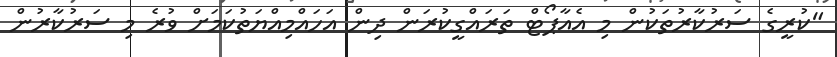
"ކުރީގެ ސަރުކާރުތަކުން މި އެއާޕޯޓް ތަރައްގީކުރަން ދިން އަހައްމިއްޔަތުކަމަށް ވުރެ މި ސަރުކާރުން